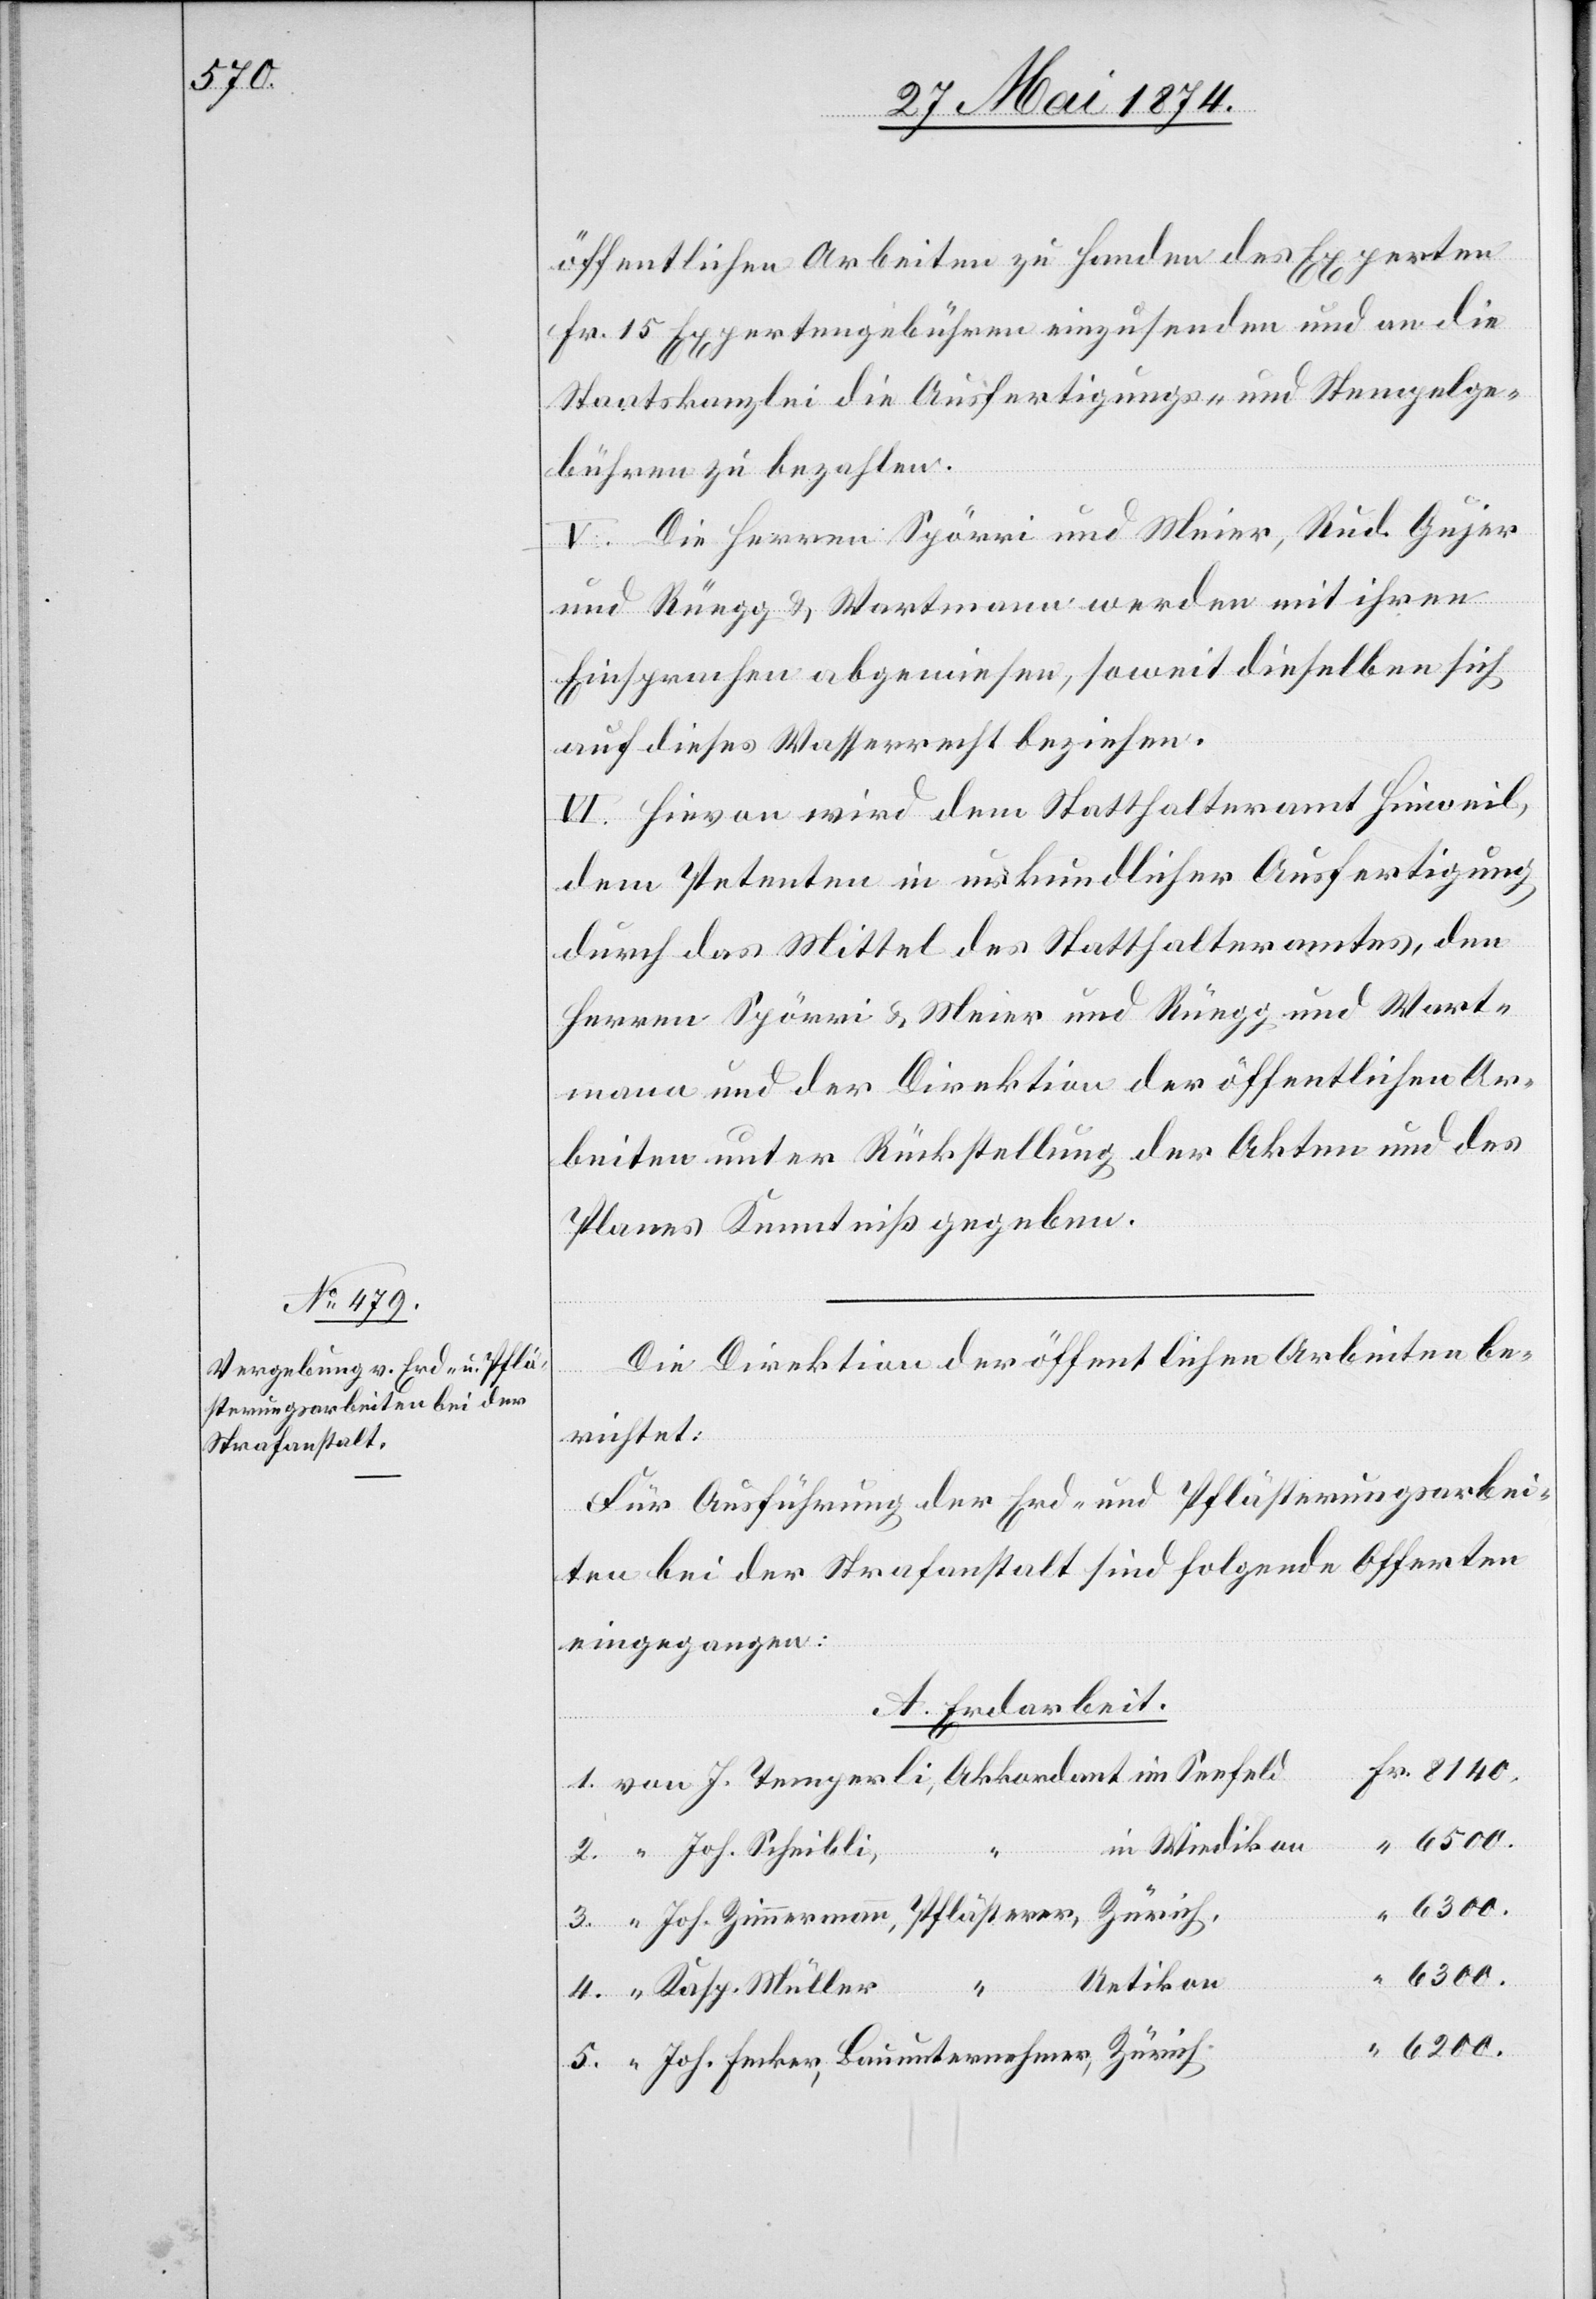
8140.

öffentlichen Arbeiten zu Handen der Experten
Fr. 15 Expertengebühren einzusenden und an die
Staatskanzlei die Ausfertigungs- und Stempelge¬
bühren zu bezahlen.
V. Die Herren Spörri und Meier, Rud. Gujer
und Rüegg u. Wartmann werden mit ihren
Einsprachen abgewiesen, soweit dieselben sich
auf dieses Wasserrecht beziehen.
VI. Hievon wird dem Statthalteramt Hinweil,
dem Petenten in urkundlicher Ausfertigung
durch das Mittel des Statthalteramtes, den
Herren Spörri u. Meier und Rüegg und Wart¬
mann und der Direktion der öffentlichen Ar¬
beiten unter Rückstellung der Akten und des
Planes Kenntniß gegeben.
Die Direktion der öffentlichen Arbeiten be¬
richtet:
Für Ausführung der Erd- und Pflästerungsarbei¬
ten bei der Strafanstalt sind folgende Offerten
eingegangen:
A. Erdarbeit.
in Wiedikon
ternehmer,
6200.